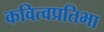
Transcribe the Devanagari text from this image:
कवित्वप्रतिभा